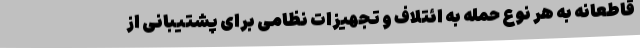
قاطعانه به هر نوع حمله به ائتلاف و تجهیزات نظامی برای پشتیبانی از